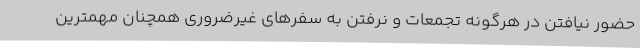
حضور نیافتن در هرگونه تجمعات و نرفتن به سفرهای غیرضروری همچنان مهمترین